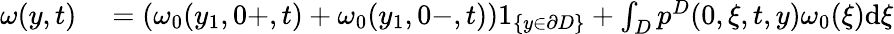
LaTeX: \begin{array}{rl}{\omega(y,t)}&{{}=(\omega_{0}(y_{1},0+,t)+\omega_{0}(y_{1},0-,t))1_{\{ y\in\partial D\} }+\int_{D}p^{D}(0,\xi,t,y)\omega_{0}(\xi)\textrm{d}\xi}\end{array}